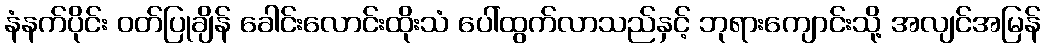
နံနက်ပိုင်း ဝတ်ပြုချိန် ခေါင်းလောင်းထိုးသံ ပေါ်ထွက်လာသည်နှင့် ဘုရားကျောင်းသို့ အလျင်အမြန်